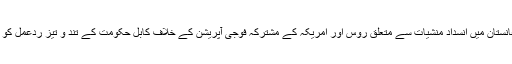
ماسکو حکومت نے افغانستان میں انسداد منشیات سے متعلق روس اور امریکہ کے مشترکہ فوجی آپریشن کے خلاف کابل حکومت کے تند و تیز ردعمل کو ناقابل فہم قرار دیا ہے۔